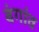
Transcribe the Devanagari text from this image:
बंगांव